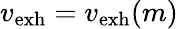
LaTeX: v_{\mathrm{exh}}=v_{\mathrm{exh}}(m)